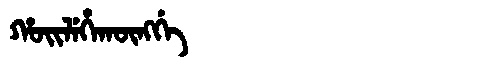
Manchu: ᡥᠣᡳᠯᡝᡥᠠᡴᡡᠩᡤᡝ
Romanization: HOILEHAKŪNGGE